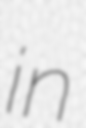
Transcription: in